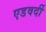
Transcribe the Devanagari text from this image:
एडवर्दी